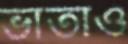
ভাতাও